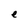
Character: e